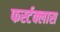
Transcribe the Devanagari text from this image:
फर्स्टक्लास